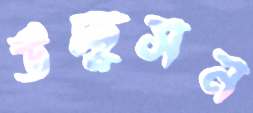
উচ্ছ্বসন